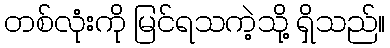
တစ်လုံးကို မြင်ရသကဲ့သို့ ရှိသည်။